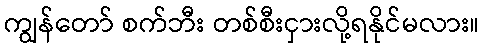
ကျွန်တော် စက်ဘီး တစ်စီးငှားလို့ရနိုင်မလား။